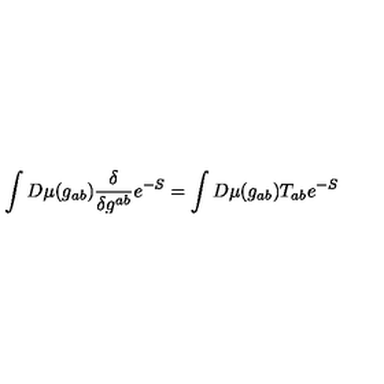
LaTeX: \int D \mu ( g _ { a b } ) \frac { \delta } { \delta g ^ { a b } } e ^ { - S } = \int D \mu ( g _ { a b } ) T _ { a b } e ^ { - S }